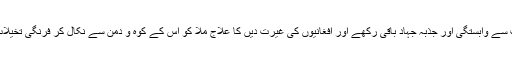
وہ فاقہ کش اور بے خوف پختونوں کے بدن سے روح محمدؐ نکالنے کی بجائے مذہب سے وابستگی اور جذبہ جہاد باقی رکھے اور افغانیوں کی غیرت دیں کا علاج ملا کو اس کے کوہ و دمن سے نکال کر فرنگی تخیلات کی ترویج کی صورت میں نہ چاہتی ہو جو امریکہ و یورپ کی دیرینہ خواہش ہے۔